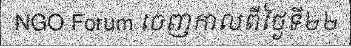
NGO Forum ចេញកាលពីថ្ងៃទី២២